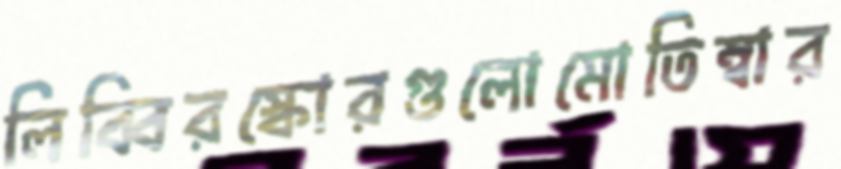
লিব্বিরস্কোরগুলোমোতিম্বার